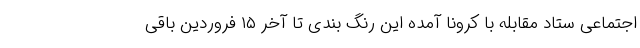
اجتماعی ستاد مقابله با کرونا آمده این رنگ بندی تا آخر ۱۵ فروردین باقی